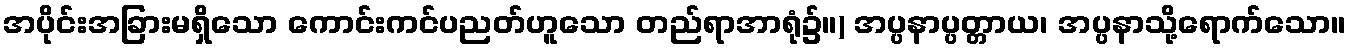
အပိုင်းအခြားမရှိသော ကောင်းကင်ပညတ်ဟူသော တည်ရာအာရုံ၌။) အပ္ပနာပ္ပတ္တာယ၊ အပ္ပနာသို့ရောက်သော။